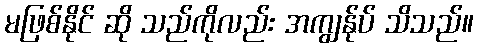
မဖြစ်နိုင် ဆို သည်ကိုလည်း အကျွန်ုပ် သိသည်။